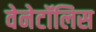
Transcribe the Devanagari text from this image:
वेनेटॉलिस